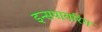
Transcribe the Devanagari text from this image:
इन्सपायरिंग